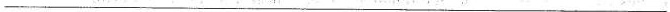
___